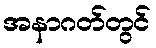
အနာဂတ်တွင်